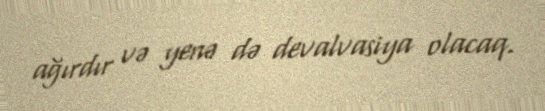
ağırdır və yenə də devalvasiya olacaq.